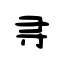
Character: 寻